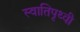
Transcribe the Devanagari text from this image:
स्वातिपृथ्वी